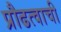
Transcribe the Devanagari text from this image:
प्रौढत्वाची